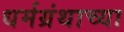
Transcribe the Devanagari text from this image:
धर्मग्रंथाच्या